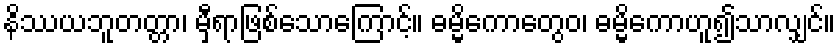
နိဿယဘူတတ္တာ၊ မှီရာဖြစ်သောကြောင့်။ ဓမ္မိကောတွေဝ၊ ဓမ္မိကောဟူ၍သာလျှင်။